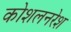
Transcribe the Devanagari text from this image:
कोशलनरेश